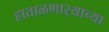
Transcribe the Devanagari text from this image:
हाताळणार्‍याच्या